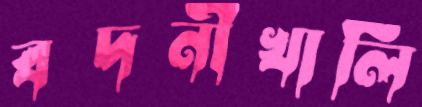
বদনীখালি